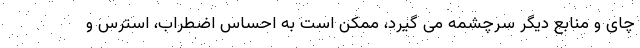
چای و منابع دیگر سرچشمه می گیرد، ممکن است به احساس اضطراب، استرس و